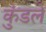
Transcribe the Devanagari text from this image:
कुंडलें